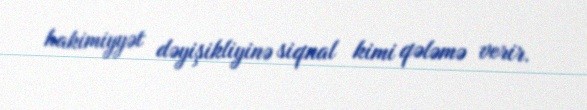
hakimiyyət dəyişikliyinə siqnal kimi qələmə verir.